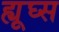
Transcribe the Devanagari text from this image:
ह्यूघ्स